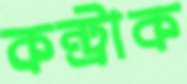
কন্ট্রাক